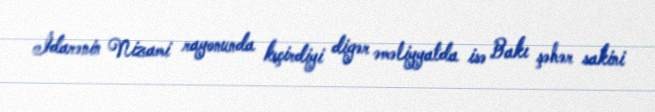
İdarənin Nizami rayonunda keçirdiyi digər əməliyyatda isə Bakı şəhər sakini